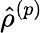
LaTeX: \hat{\rho}^{\left(p\right)}